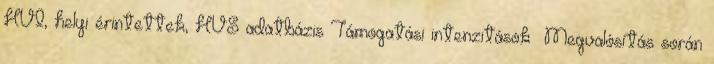
HVI, helyi érintettek, HVS adatbázis Támogatási intenzitások ▪Megvalósítás során